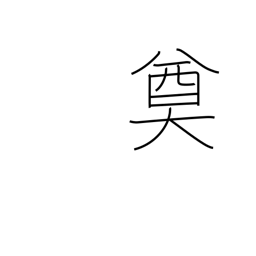
Meaning: decision